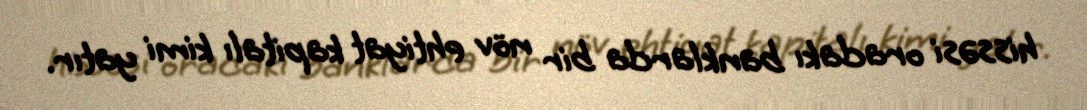
hissəsi oradakı banklarda bir növ ehtiyat kapitalı kimi yatır.